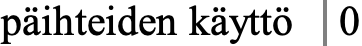
päihteiden käyttö 0